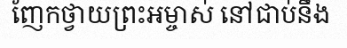
ញែកថ្វាយព្រះអម្ចាស់ នៅជាប់នឹង